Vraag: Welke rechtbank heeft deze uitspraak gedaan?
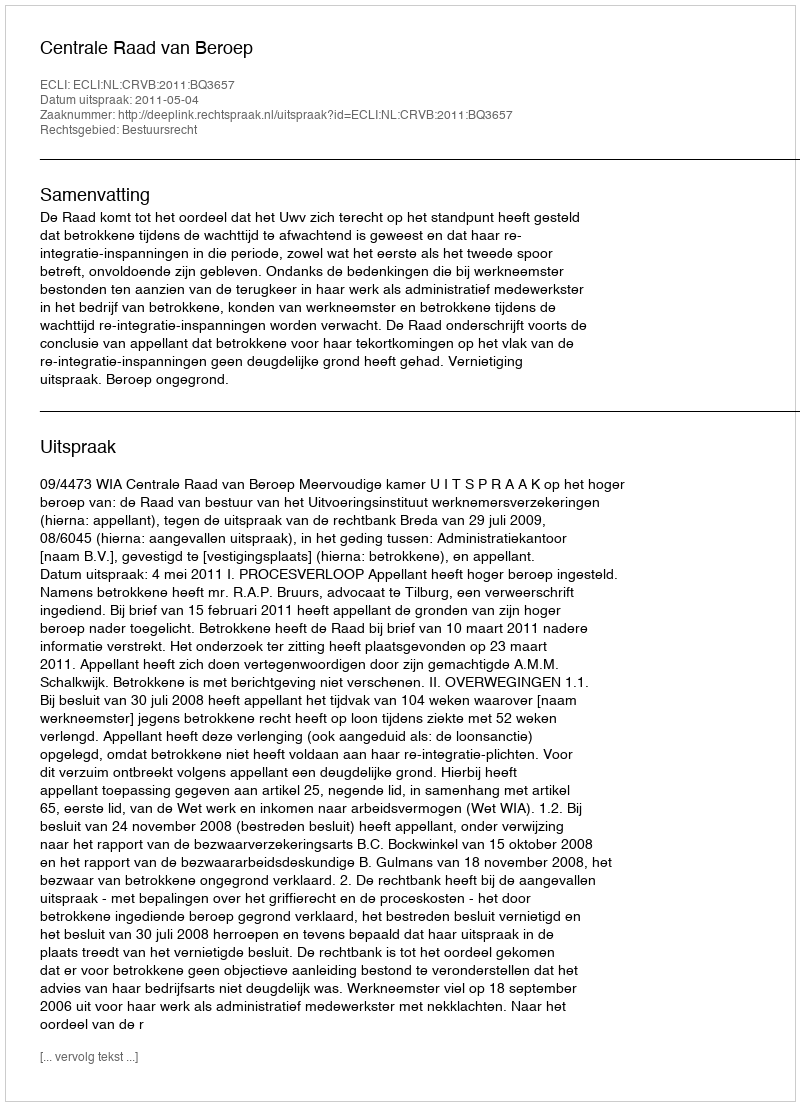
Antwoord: Centrale Raad van Beroep